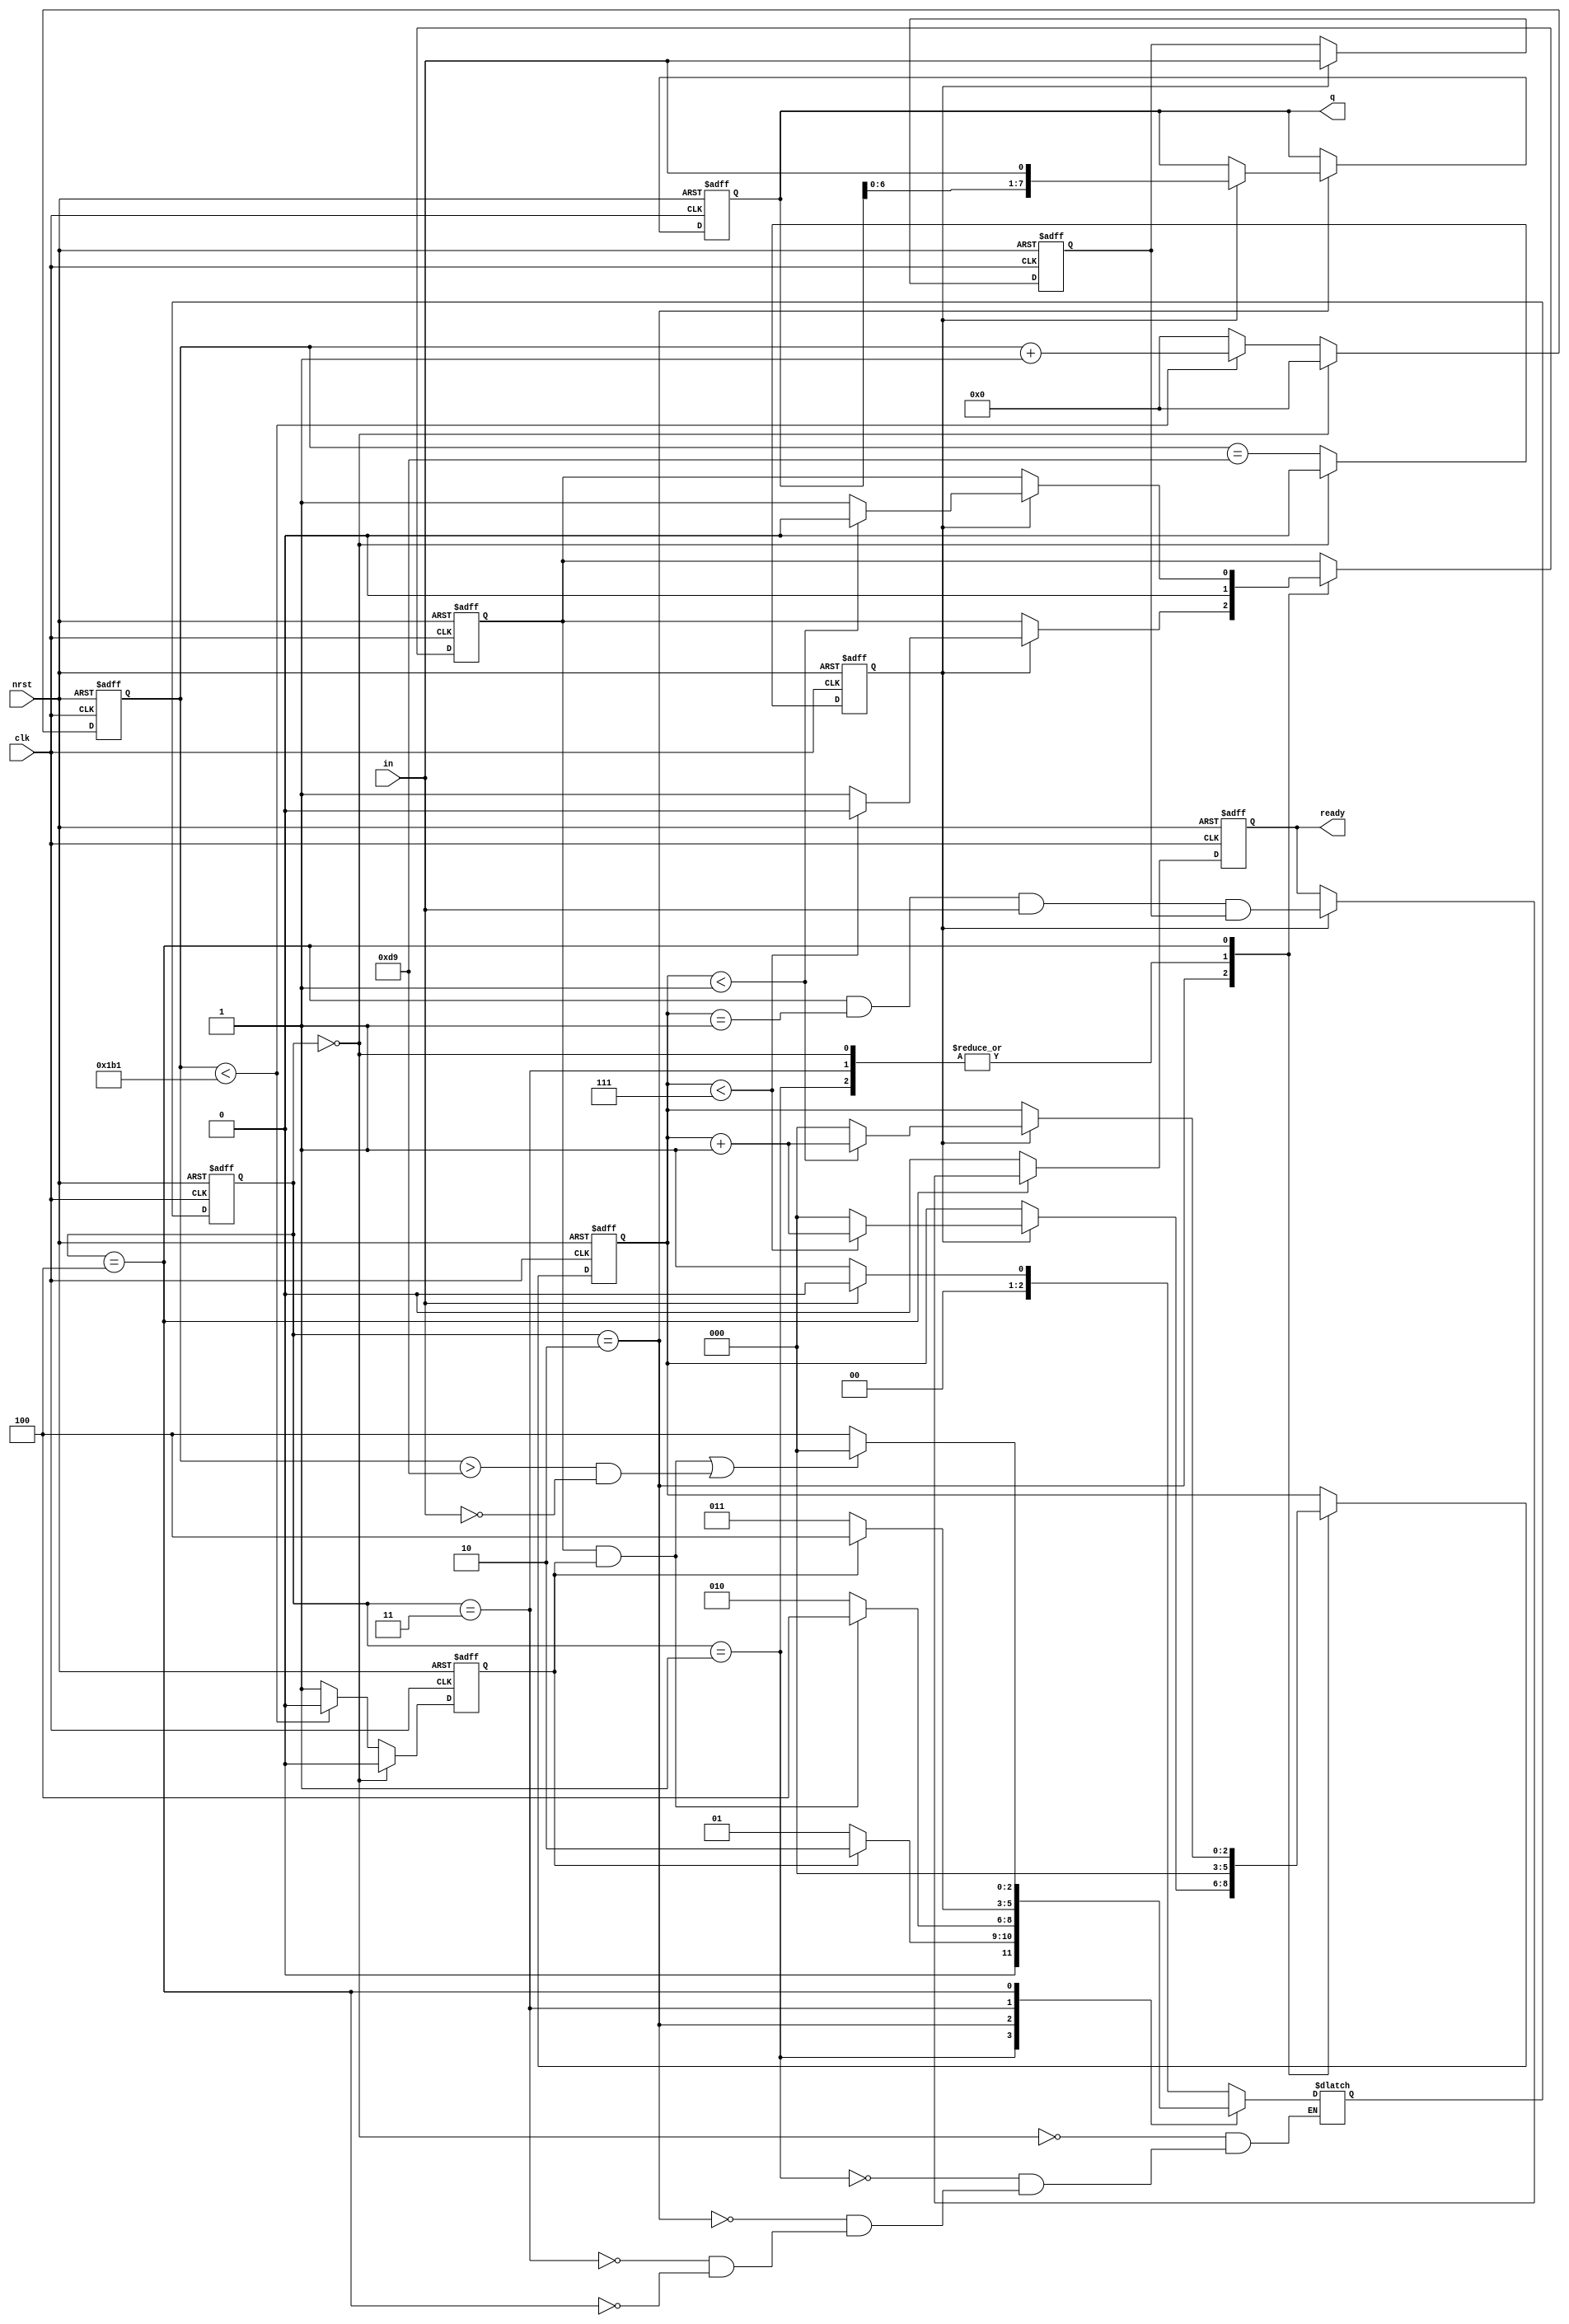
module UART_RX
(
	// Inputs;
	clk,
	nrst,
	in,
	// Outputs;
	q,
	ready
);

parameter F = 50_000_000;	// Main clocks frquency, Hz;
parameter BR = 115_200;		// receiver bitrate;
parameter L = F/BR;			// One bit clk length;
parameter hL = L/2;			// One bit clk half-length;
parameter LCW = $clog2(L-1);	// Length Counter Width;
parameter N = 8;	// Word bit width;
parameter M = 3;	// Bits counter width;
parameter PARITY = 0;
parameter STOP = 1;

localparam IDLE = 0, GET_START = 1, RX_DATA = 2, GET_PARITY = 3, GET_STOP = 4;

///	INPUTS
//	System;
input clk, nrst;
//	Data input;
input in;

///	OUTPUTS
output	reg	[N-1:0]	q;
output 	reg	ready;

///	INTERNAL
//	Bits counter;
reg	[M-1:0]	bcnt;
reg 		bcnt_end;
reg			bcnt_en;
//	Bit length counter;
reg [LCW-1:0]	lcnt;
reg				lcnt_end;

//	State machine;
reg [2:0] state, next_state;

//	Check stop bits register;
reg stop, last_stop;


///	WORK
always@(*)
	case (state)
	IDLE:
		if (!in)
			next_state = GET_START;
		else
			next_state = IDLE;
			
    GET_START:
		if (lcnt_end)
			next_state = RX_DATA;
		else
			next_state = GET_START;
			
    RX_DATA:
		if (bcnt_end & lcnt_end)
			if (PARITY)
				next_state = PARITY;
			else
				next_state = GET_STOP;
		else
			next_state = RX_DATA;
			
    GET_PARITY:
		if (lcnt_end)
			next_state = GET_STOP;
		else
			next_state = GET_PARITY;
	
    GET_STOP:
		if ((bcnt_end & lcnt_end) | ((lcnt > hL) & !in))
			next_state = IDLE;
		else
			next_state = GET_STOP;
			
	endcase

always@(negedge clk or negedge nrst)
	if (!nrst)
		state <= 0;
	else
		state <= next_state;

//	Bit length counter and local clocks;
always@(posedge clk or negedge nrst)
	if (!nrst)
		begin
		lcnt <= 0;
		lcnt_end <= 0;
		end
	else
		if (state == IDLE)
			begin
			lcnt <= 0;
			lcnt_end <= 0;
			end
		else
			begin
			if (lcnt < L - 1)
				begin
				lcnt <= lcnt + 1;
				lcnt_end <= 0;
				end
			else
				begin
				lcnt <= 0;
				lcnt_end <= 1;
				end
			end

//	Bits counter and data register;
always@(negedge clk or negedge nrst)
	if (!nrst)
		bcnt_en <= 0;
	else
		if (state == IDLE)
			bcnt_en <= 0;
		else
			bcnt_en <= (lcnt == hL);

always@(posedge clk or negedge nrst)
	if (!nrst)
		begin
		q <= 0;
		bcnt <= 0;
		bcnt_end <= 0;
		end
	else
		case (state)
		IDLE:
			begin
			q <= q;
			bcnt <= 0;
			bcnt_end <= 0;
			end
			
		GET_START:
			begin
			q <= q;
			bcnt <= 0;
			bcnt_end <= 0;
			end
			
		RX_DATA:
			if (bcnt_en)
				begin
				q <= {q[N-2:0], in};
				if (bcnt < N-1)
					begin
					bcnt <= bcnt + 1;
					bcnt_end <= 0;
					end
				else
					begin
					bcnt <= 0;
					bcnt_end <= 1;
					end
				end
			else
				begin
				q <= q;
				bcnt <= bcnt;
				bcnt_end <= bcnt_end;
				end
		
		GET_PARITY:
			begin
			q <= q;
			bcnt <= 0;
			bcnt_end <= 0;
			end
				
		GET_STOP:
			begin
			q <= q;
			if (bcnt_en)
				if (bcnt < STOP)
						begin
						bcnt <= bcnt + 1;
						bcnt_end <= 0;
						end
					else
						begin
						bcnt <= 0;
						bcnt_end <= 1;
						end
			else
				begin
				bcnt <= bcnt;
				bcnt_end <= bcnt_end;
				end
			end
		
		endcase

//	Stop signal;
always@(posedge clk or negedge nrst)
	if (!nrst)
		last_stop <= 0;
	else
		if (bcnt_en)
			last_stop <= in;
		else
			last_stop <= last_stop;
			
always@(*)
	case (STOP)
		0:
			stop = (state == GET_STOP) & (bcnt == STOP) & (in);
		1:
			stop = (state == GET_STOP) & (bcnt == STOP) & (in) & (last_stop);
	endcase

//	Ready signal
always@(posedge clk or negedge nrst)
	if (!nrst)
		ready <= 0;
	else
		if (state == GET_STOP)
			if (bcnt_en)
				ready <= stop;
			else
				ready <= ready;
		else
			ready <= 0;
			

endmodule